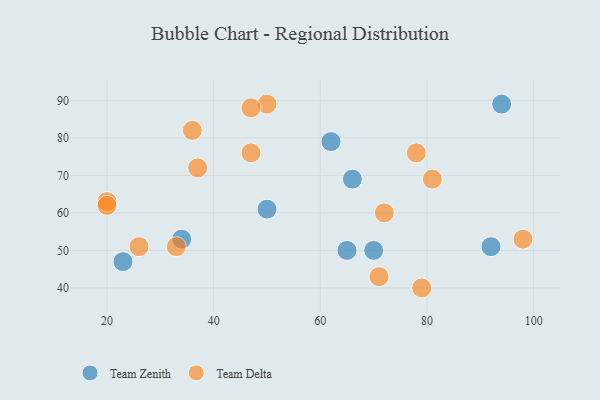
{"axis": {"x": "GDP", "y": "Life Expectancy"}, "legend": ["Team Delta", "Team Zenith"], "data": [{"x": "66", "y": 69, "type": "Team Zenith"}, {"x": "62", "y": 79, "type": "Team Zenith"}, {"x": "50", "y": 61, "type": "Team Zenith"}, {"x": "70", "y": 50, "type": "Team Zenith"}, {"x": "92", "y": 51, "type": "Team Zenith"}, {"x": "34", "y": 53, "type": "Team Zenith"}, {"x": "23", "y": 47, "type": "Team Zenith"}, {"x": "94", "y": 89, "type": "Team Zenith"}, {"x": "65", "y": 50, "type": "Team Zenith"}, {"x": "98", "y": 53, "type": "Team Delta"}, {"x": "71", "y": 43, "type": "Team Delta"}, {"x": "78", "y": 76, "type": "Team Delta"}, {"x": "50", "y": 89, "type": "Team Delta"}, {"x": "79", "y": 40, "type": "Team Delta"}, {"x": "72", "y": 60, "type": "Team Delta"}, {"x": "26", "y": 51, "type": "Team Delta"}, {"x": "33", "y": 51, "type": "Team Delta"}, {"x": "20", "y": 63, "type": "Team Delta"}, {"x": "36", "y": 82, "type": "Team Delta"}, {"x": "81", "y": 69, "type": "Team Delta"}, {"x": "47", "y": 76, "type": "Team Delta"}, {"x": "37", "y": 72, "type": "Team Delta"}, {"x": "20", "y": 62, "type": "Team Delta"}, {"x": "47", "y": 88, "type": "Team Delta"}]}